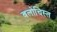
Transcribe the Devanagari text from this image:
बलोचिस्त